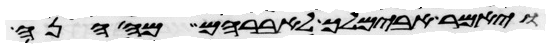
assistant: ויאמר אבימלך אל אברהם מה הנה